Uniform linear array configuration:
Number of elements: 4
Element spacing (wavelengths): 1
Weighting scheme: hann
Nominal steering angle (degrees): -60
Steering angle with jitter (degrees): -61.498
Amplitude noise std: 0.05
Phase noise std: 0.05

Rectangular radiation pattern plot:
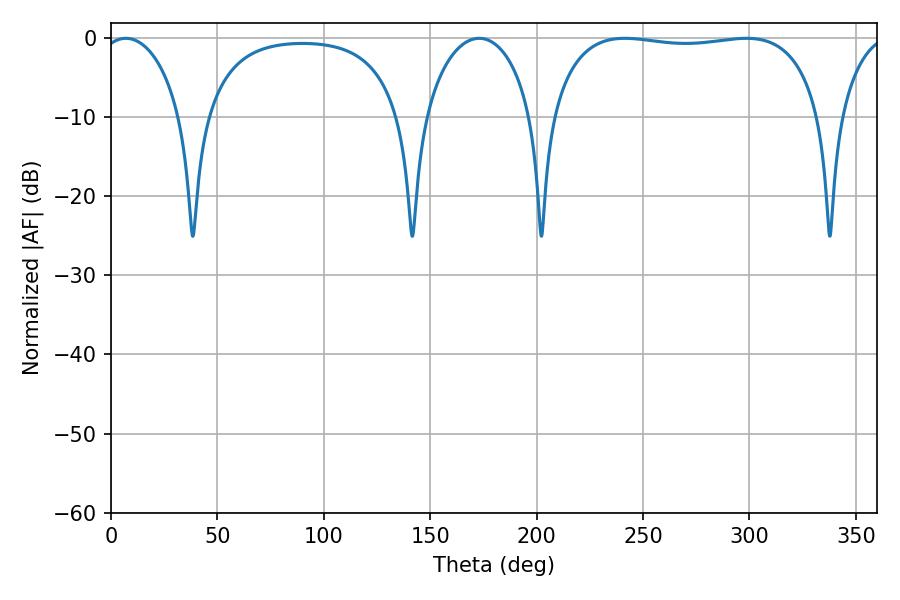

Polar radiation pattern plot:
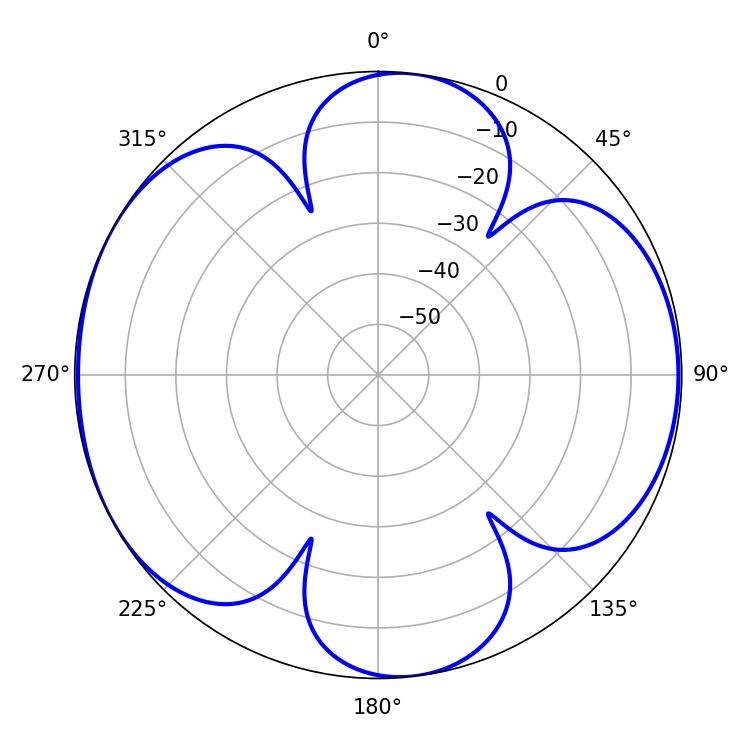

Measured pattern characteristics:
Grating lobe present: TRUE
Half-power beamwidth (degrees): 101.88
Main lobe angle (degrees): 241.38